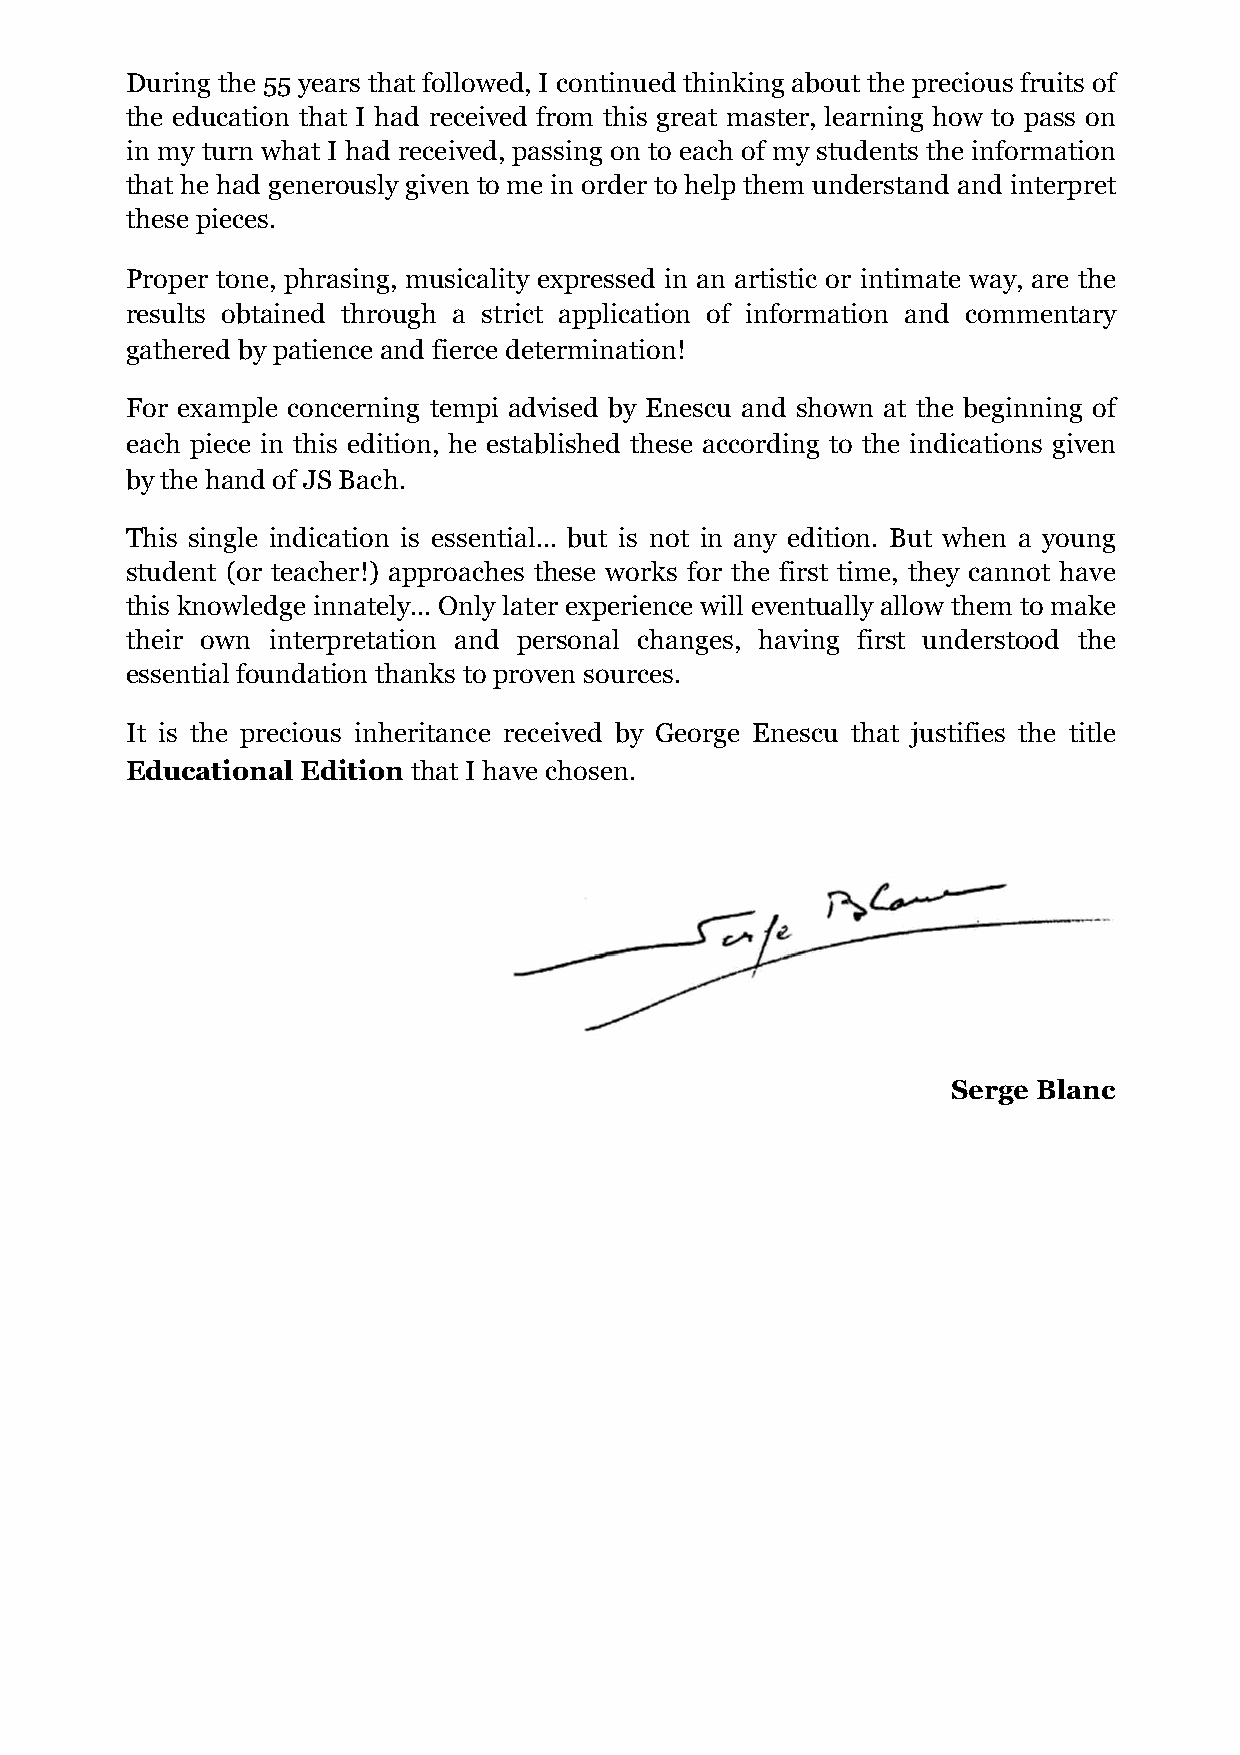
During the 55 years that followed, I continued thinking about the precious fruits of
 the education that I had received from this great master, learning how to pass on
 in my turn what I had received, passing on to each of my students the information
 that he had generously given to me in order to help them understand and interpret
 these pieces.
 Proper tone, phrasing, musicality expressed in an artistic or intimate way, are the
 results obtained through a strict application of information and commentary
 gathered by patience and fierce determination!
 For example concerning tempi advised by Enescu and shown at the beginning of
 each piece in this edition, he established these according to the indications given
 by the hand of JS Bach.
 This single indication is essential... but is not in any edition. But when a young
 student (or teacher!) approaches these works for the first time, they cannot have
 this knowledge innately... Only later experience will eventually allow them to make
 their own interpretation and personal changes, having first understood the
 essential foundation thanks to proven sources.
 It is the precious inheritance received by George Enescu that justifies the title
 Educational Edition that I have chosen.
 Serge Blanc